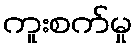
ကူးစက်မှု